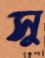
সু